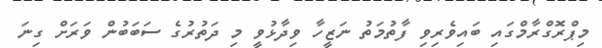
މިޕްރޮގްރާމްގައި ބައިވެރިވި ފާތުމަތު ނަޒީހާ ވިދާޅުވީ މި ދަތުރުގެ ސަބަބުން ވަރަށް ގިނަ